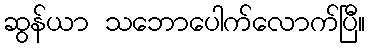
ဆွန်ယာ သဘောပေါက်လောက်ပြီ။